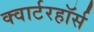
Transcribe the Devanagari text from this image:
क्वार्टरहॉर्स